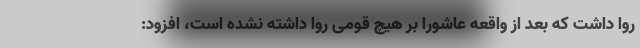
روا داشت که بعد از واقعه عاشورا بر هیچ قومی روا داشته نشده است، افزود: